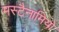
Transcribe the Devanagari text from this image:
मस्टैनामियो